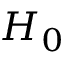
H _ { 0 }